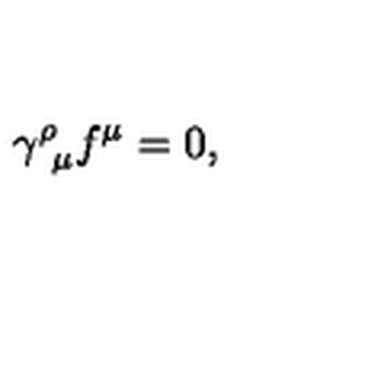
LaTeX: \gamma _ { \ \mu } ^ { \rho } f ^ { \mu } = 0 ,